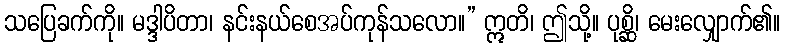
သပြေခက်ကို။ မဒ္ဒါပိတာ၊ နင်းနယ်စေအပ်ကုန်သလော။” ဣတိ၊ ဤသို့။ ပုစ္ဆိ၊ မေးလျှောက်၏။